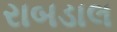
રાબડાલ